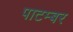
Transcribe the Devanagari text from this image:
पाटम्बर